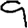
Digit: 9